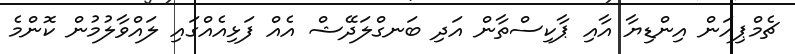
ޗެމްޕިއަން އިންޑިޔާ އާއި ޕާކިސްތާން އަދި ބަނގްލަދޭޝް އެއް ފަޅިއެއްގައި ލައްވާލުމުން ކޮންމެ